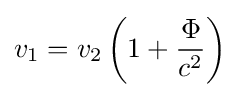
v_{1}=v_{2}\left(1+{\frac {\Phi }{c^{2}}}\right)